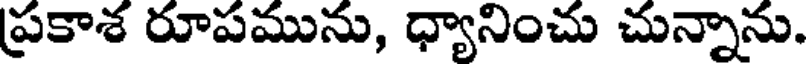
ప్రకాశ రూపమును, ధ్యానించు చున్నాను.